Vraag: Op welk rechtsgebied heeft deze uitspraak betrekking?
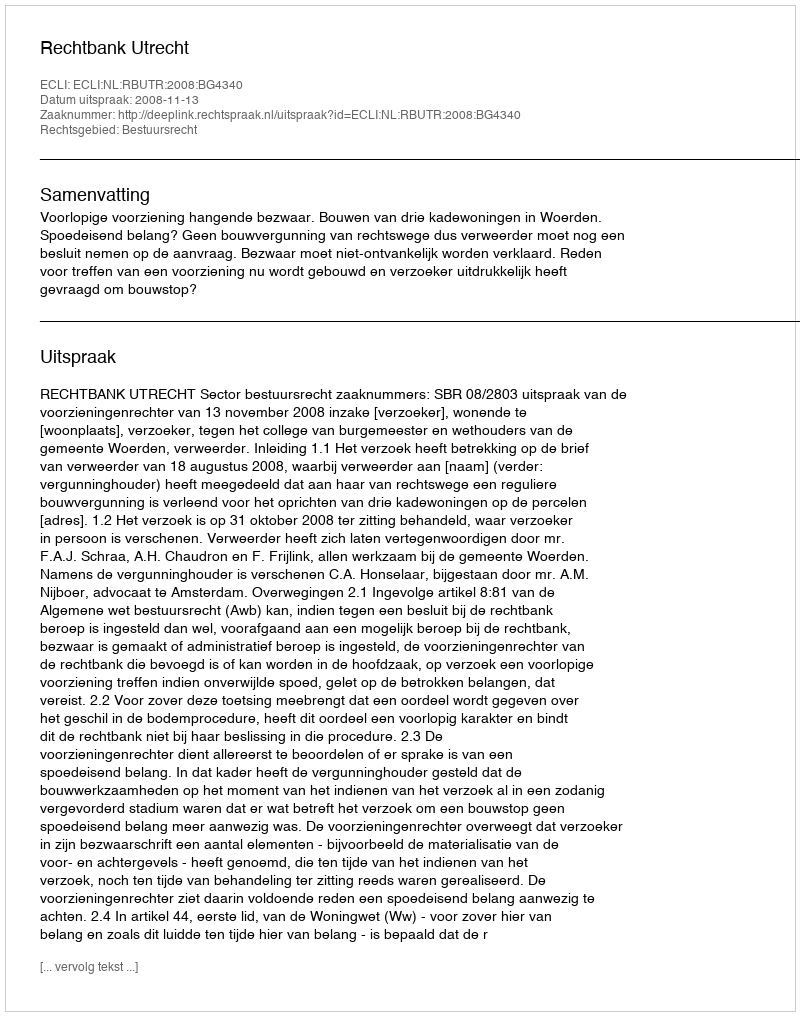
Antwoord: Bestuursrecht